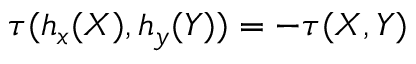
\tau ( h _ { x } ( X ) , h _ { y } ( Y ) ) = - \tau ( X , Y )